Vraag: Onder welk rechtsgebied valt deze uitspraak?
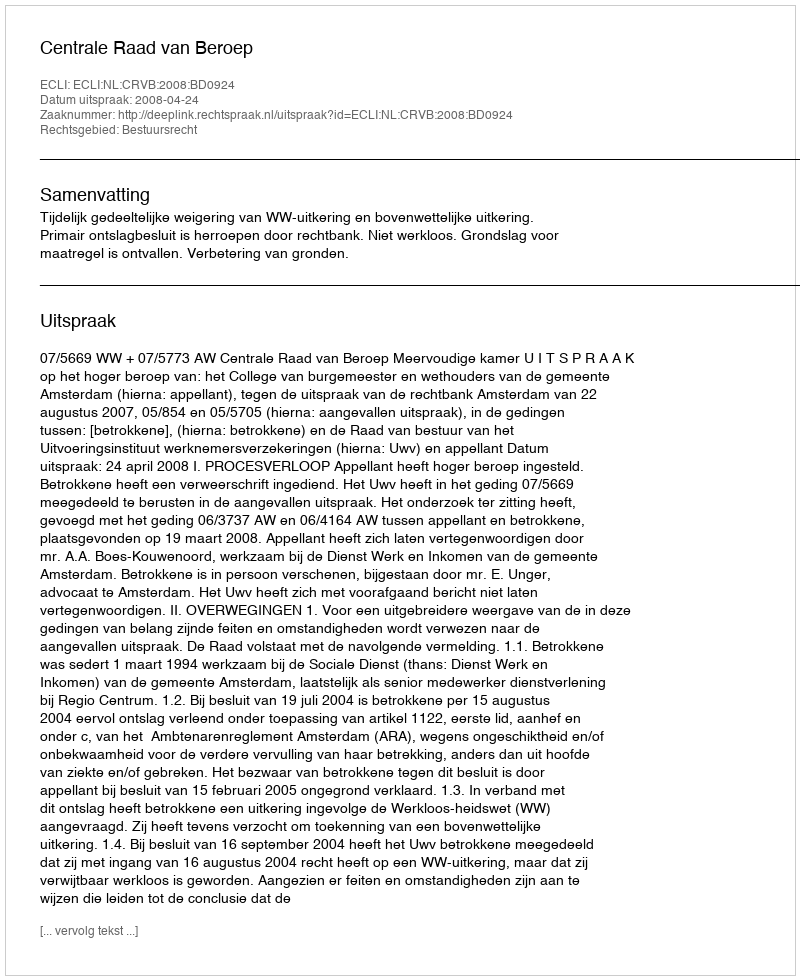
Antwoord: Bestuursrecht